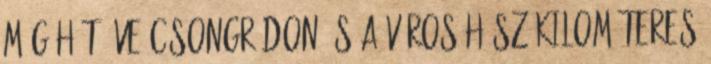
még hét éve Csongrádon és a város húsz kilométeres